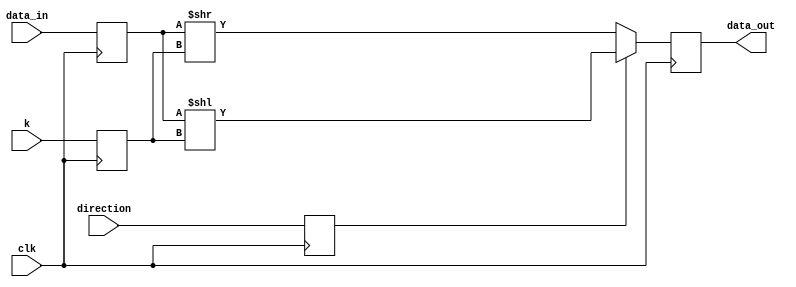
// Simple barrel shifter with no rotation
// Altera Corp
//
// For 4-LUTs this should get synthesized as a shifter network 16 bits high by 
// 4 bits wide of 2:1 muxes for each of the directions, followed by 16-bit 2:1 mux
// array.  Counting the 4-bits to register k that's 148 Stratix LEs.
//
// Should get different results for Stratix II, as will be implemented with
// 6-LUTs as 4:1 muxes to built a 2-level shifter network, followed by
// merging with Shared LUT-mask.  Will depend on synthesis settigns.
//
// Unlike barrel16, this one uses the << operator, which infers an
// LPM_SHIFT.
// 

module barrel16a (data_in, data_out, k, direction, clk) ;
   input [15:0] data_in ;
   input [3:0] 	 k;
   input clk, direction ;
   output [15:0] data_out ;
   reg [15:0] 	 data_out ;

   reg [15:0] 	 reg_data_in ;
   reg [3:0] 	 reg_k ;
   reg 		 reg_direction;
   
   always @(posedge clk) 
   begin 
		reg_data_in <= data_in ;
		reg_k <= k ;
		reg_direction <= direction;
   
	if (reg_direction) 
		begin
			data_out <= reg_data_in << reg_k;
		end
	else 
		begin
			data_out <= reg_data_in >> reg_k;
		end
	end

endmodule